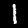
Label: 1